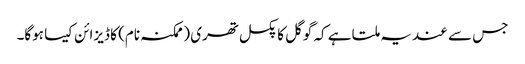
جس سے عندیہ ملتا ہے کہ گوگل کا پکسل تھری (ممکنہ نام) کا ڈیزائن کیسا ہوگا۔